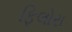
ફિલોરા